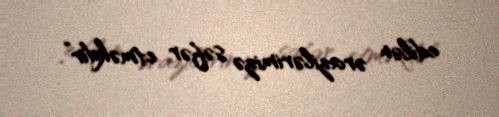
edilən ərazilərimizə səfər etməkdir”.